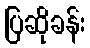
ပြဆိုခန်း